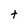
Character: t